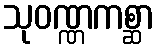
သုဝဏ္ဏကစ္ဆာ